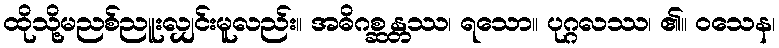
ထိုသို့မညစ်ညူးလျှင်းမူလည်း။ အဓိဂစ္ဆန္တဿ၊ ရသော။ ပုဂ္ဂလဿ၊ ၏။ ဝသေန၊